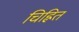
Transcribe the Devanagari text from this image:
चिह्नित